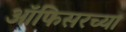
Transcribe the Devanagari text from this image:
ऑफिसरच्या